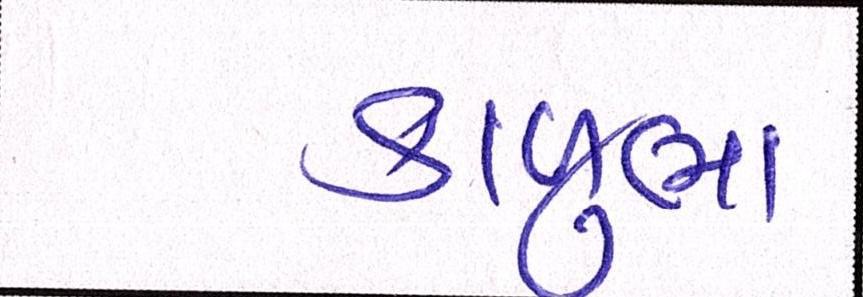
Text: કાળુભા